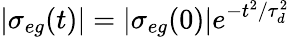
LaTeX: |\sigma_{eg}(t)|=|\sigma_{eg}(0)|e^{-t^{2}/\tau_{d}^{2}}